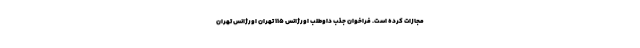
مجازات کرده است. فراخوان جذب داوطلب اورژانس ۱۱۵ تهران اورژانس تهران